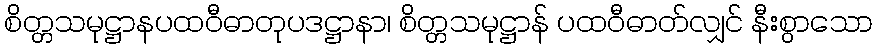
စိတ္တသမုဋ္ဌာနပထဝီဓာတုပဒဋ္ဌာနာ၊ စိတ္တသမုဋ္ဌာန် ပထဝီဓာတ်လျှင် နီးစွာသော